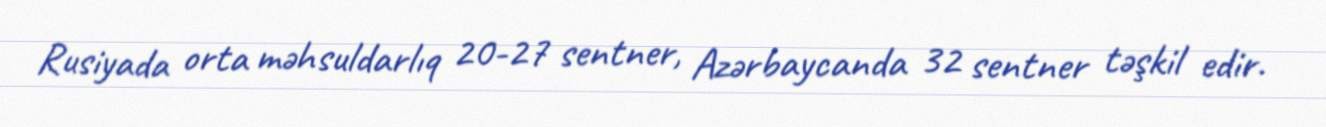
Rusiyada orta məhsuldarlıq 20-27 sentner, Azərbaycanda 32 sentner təşkil edir.